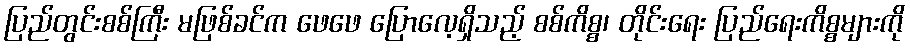
ပြည်တွင်းစစ်ကြီး မဖြစ်ခင်က ဖေဖေ ပြောလေ့ရှိသည့် စစ်ကိစ္စ၊ တိုင်းရေး ပြည်ရေးကိစ္စများကို